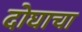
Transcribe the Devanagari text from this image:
दोघाचा